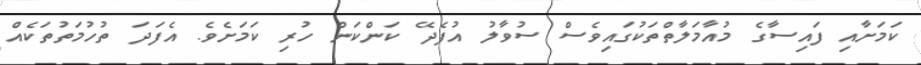
ކަމަށާއި ފައިސާގެ މުއާމަލާތްތަކުގައިވެސް ސުވާލު އުފެދޭ ކަންކަން ހުރި ކަމަށެވެ. އެފަދަ ތުހުމަތުތަކެއް